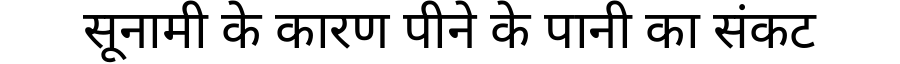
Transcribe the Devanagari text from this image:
सूनामी के कारण पीने के पानी का संकट